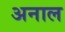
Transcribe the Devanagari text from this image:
अनाल